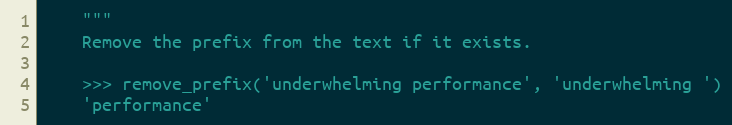
Language: Python
	"""
	Remove the prefix from the text if it exists.

	>>> remove_prefix('underwhelming performance', 'underwhelming ')
	'performance'